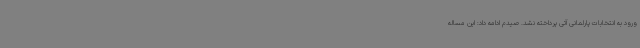
ورود به انتخابات پارلمانی آتی پرداخته نشد. صیدم ادامه داد: این مساله